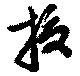
抜